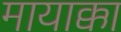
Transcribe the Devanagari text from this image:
मायाक्का